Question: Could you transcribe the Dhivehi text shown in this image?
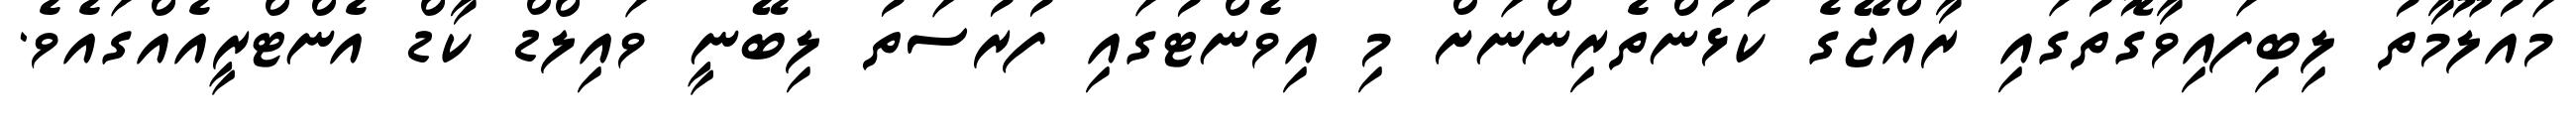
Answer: މައުލޫމާތު ލިބިފައިވާގޮތުގައި ރާއްޖޭގެ ކުޅުންތެރިންނަށް މި އިވެންޓުގައި ފުރުސަތު ލިބޭނީ ވައިލްޑް ކާޑް އެންޓްރީއެއްގައެވެ.